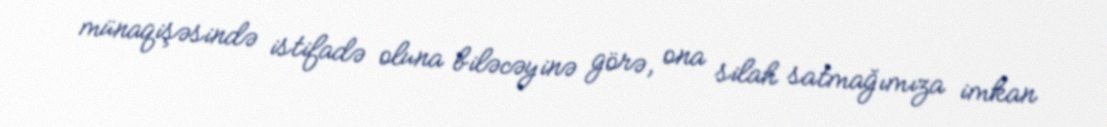
münaqişəsində istifadə oluna biləcəyinə görə, ona silah satmağımıza imkan